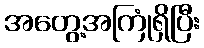
အတွေ့အကြုံရှိပြီး